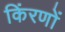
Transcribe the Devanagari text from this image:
किंरणों